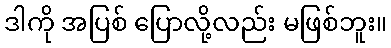
ဒါကို အပြစ် ပြောလို့လည်း မဖြစ်ဘူး။